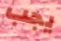
يجب